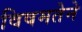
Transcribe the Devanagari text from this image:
विषमतेने